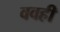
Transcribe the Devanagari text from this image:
ववही